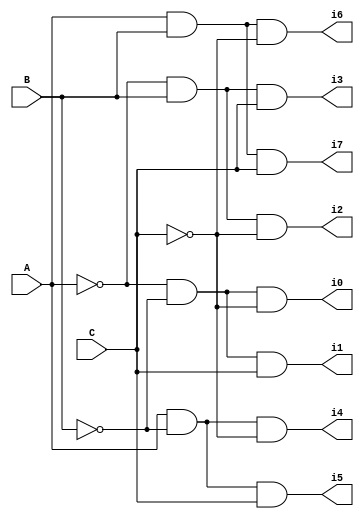
module one_hot_decoder_3to8 (
    output wire i0,i1,i2,i3,i4,i5,i6,i7,
    input wire A,B,C
);

    assign i0 = ~A & ~B & ~C;
    assign i1 = ~A & ~B & C;
    assign i2 = ~A & B & ~C;
    assign i3 = ~A & B & C;
    assign i4 = A & ~B & ~C;
    assign i5 = A & ~B & C;
    assign i6 = A & B & ~C; 
    assign i7 = A & B & C; 

endmodule